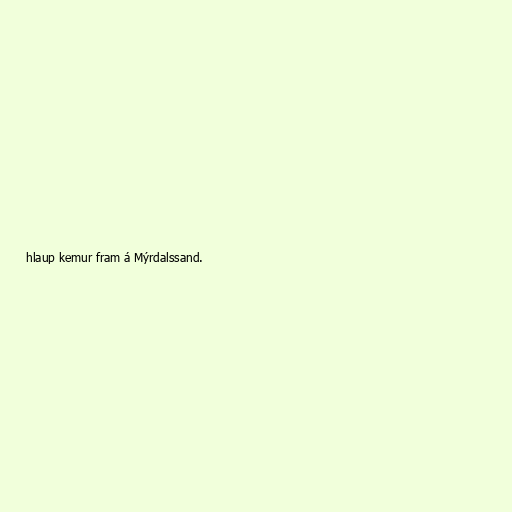
hlaup kemur fram á Mýrdalssand.